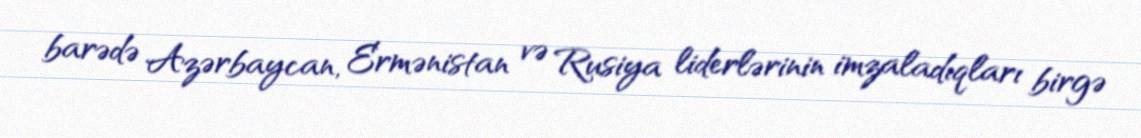
barədə Azərbaycan, Ermənistan və Rusiya liderlərinin imzaladıqları birgə